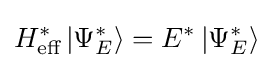
H_{\text{eff}}^{*}\left|\Psi _{E}^{*}\right\rangle =E^{*}\left|\Psi _{E}^{*}\right\rangle